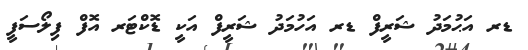
ޑރ އަޙުމަދު ޝަރީފް ޑރ އަހުމަދު ޝަރީފް އަކީ ޑޮކްޓަރ އޮފް ފިލޯސަފީ